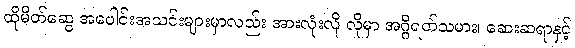
ထိုမိတ်ဆွေ အပေါင်းအသင်းများမှာလည်း အားလုံးလို လိုမှာ အဂ္ဂိရတ်သမား၊ ဆေးဆရာနှင့်